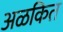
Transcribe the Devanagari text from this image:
अळकित